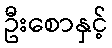
ဦးစောနှင့်